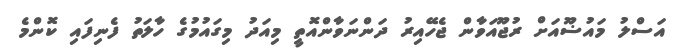
އަސްލު މައުޟޫއަށް ރުޖޫއަވާން ޖެހޭއިރު ދަންނަވާންއޮތީ މިއަދު މިގައުމުގެ ހާލަތު ފެނިފައި ކޮންމެ